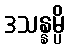
ဒသန္နမ္ပိ